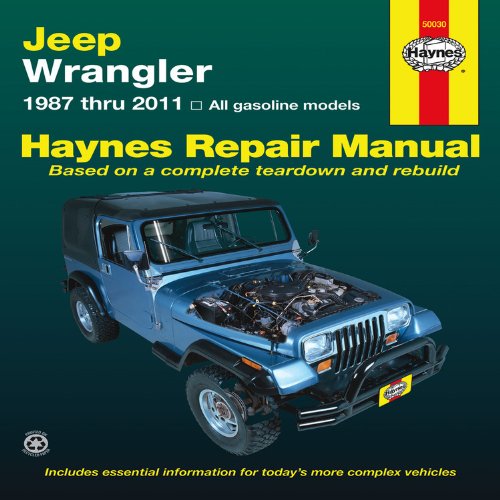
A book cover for Jeep Wrangler: 1987 thru 2011 - All gasoline models (Haynes Repair Manual); Editors of Haynes Manuals; Engineering & Transportation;